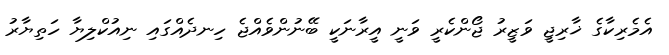
އެމެރިކާގެ ޚާރިޖީ ވަޒީރު ޖޯންކެރީ ވަނީ އީރާނަކީ ބޭނުންވެއްޖެ ހިނދެއްގައި ނިއުކްލިޔާ ހަތިޔާރު